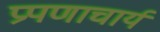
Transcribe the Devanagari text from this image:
प्रपणाचार्य